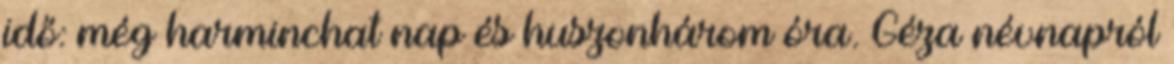
idő: még harminchat nap és huszonhárom óra. Géza névnapról